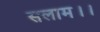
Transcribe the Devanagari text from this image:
सलाम।।